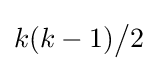
k(k-1){\big /}2